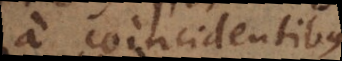
a coincidentibus